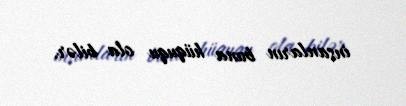
insanların buna hüququ ola bilər.